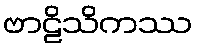
ဗာဠိသိကဿ